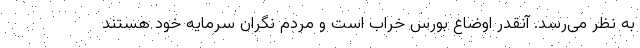
به نظر می‌رسد. آنقدر اوضاع بورس خراب است و مردم نگران سرمایه خود هستند